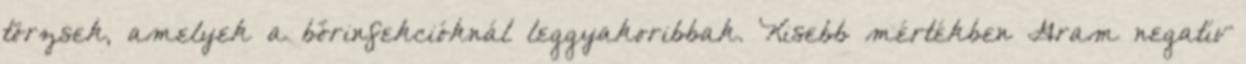
törzsek, amelyek a bőrinfekcióknál leggyakoribbak. Kisebb mértékben Gram negatív